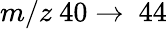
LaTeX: m/z~40\rightarrow~44